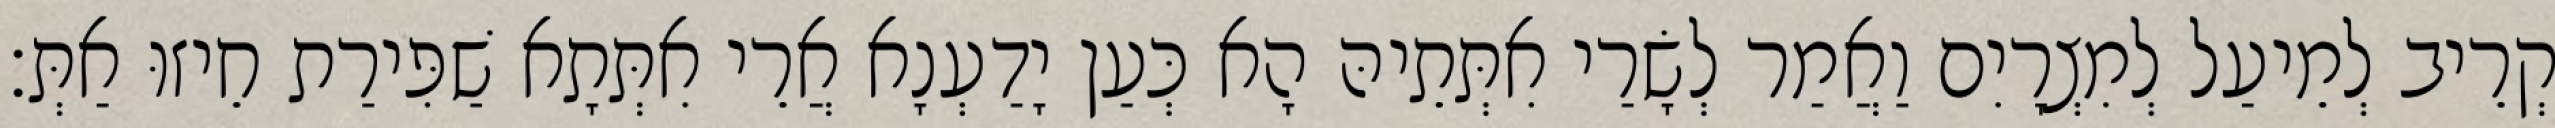
קְרֵיב לְמֵיעַל לְמִצְרָיִם וַאֲמַר לְשָׂרַי אִתְּתֵיהּ הָא כְּעַן יָדַעְנָא אֲרֵי אִתְּתָא שַׁפִּירַת חֵיזוּ אַתְּ׃